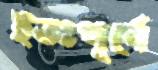
ইতঃপূর্বে